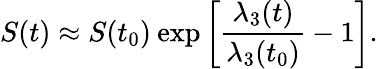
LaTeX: S(t)\approx S(t_{0})\: \textrm{exp}\left[\frac{\lambda_{3}(t)}{\lambda_{3}(t_{0})}-1\right].